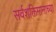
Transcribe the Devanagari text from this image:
सर्वशक्तिमानाच्या